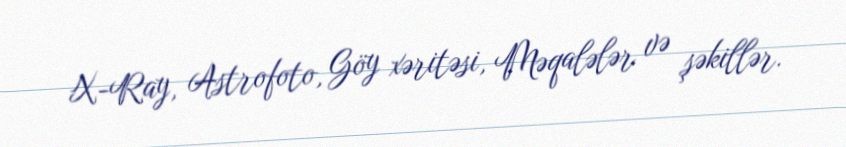
X-Ray, Astrofoto, Göy xəritəsi, Məqalələr və şəkillər.